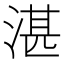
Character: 湛